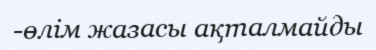
-өлім жазасы ақталмайды